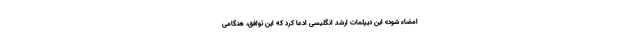
امضاء شود» این دیپلمات ارشد انگلیسی ادعا کرد که این توافق، هنگامی